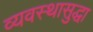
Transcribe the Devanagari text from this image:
व्यवस्थासुद्धा